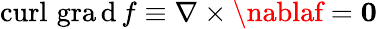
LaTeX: \operatorname{curl}\, \operatorname{gra\mathrm{d}}f\equiv\nabla\times\nablaf=\mathbf{{0}}